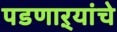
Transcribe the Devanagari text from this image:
पडणाऱ्यांचे